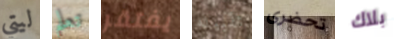
ليتي تعلم يفتقر تقبيله تحضرى بلاك